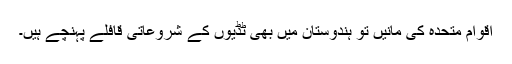
اقوام متحدہ کی مانیں تو ہندوستان میں بھی ٹڈیوں کے شروعاتی قافلے پہنچے ہیں۔